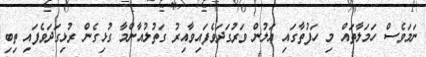
ނަމަވެސް ހަމަލާތައް މި ހަފުތާގައި އަލުން ވަރުގަދަވެފައިވާއިރު ގަތުލުއާންމާ ގުޅިގެން ރުޅިގަދަވެފައި ތިބި